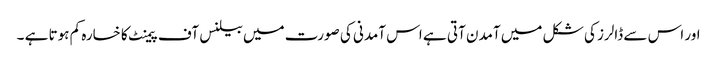
اور اس سے ڈالرز کی شکل میں آمدن آتی ہے اس آمدنی کی صورت میں بیلنس آف پیمنٹ کا خسارہ کم ہوتا ہے ۔